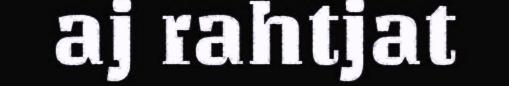
aj rahtjat